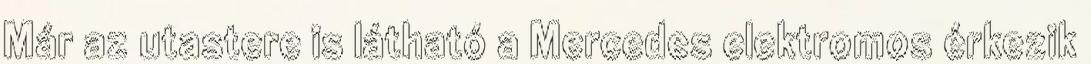
Már az utastere is látható a Mercedes elektromos érkezik